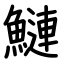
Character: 鰱